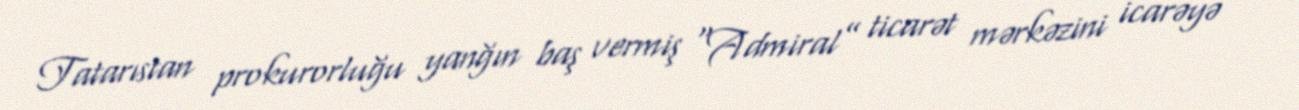
Tatarıstan prokurorluğu yanğın baş vermiş “Admiral” ticarət mərkəzini icarəyə